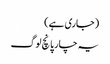
(جاری ہے)
یہ چار پانچ لوگ